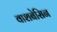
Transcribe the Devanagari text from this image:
वाशबेसिन